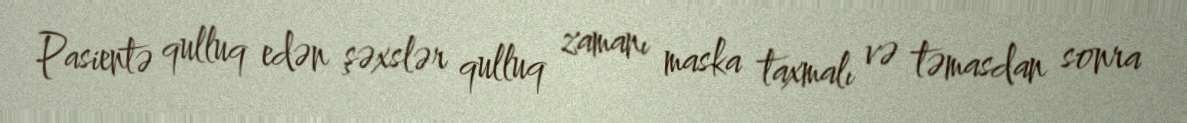
Pasientə qulluq edən şəxslər qulluq zamanı maska taxmalı və təmasdan sonra